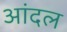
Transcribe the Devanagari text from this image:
आंदल